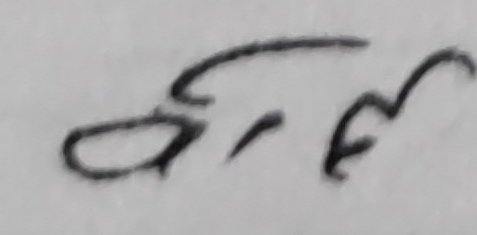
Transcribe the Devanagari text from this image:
सुमर